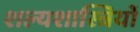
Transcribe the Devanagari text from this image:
शल्यशास्त्रियों